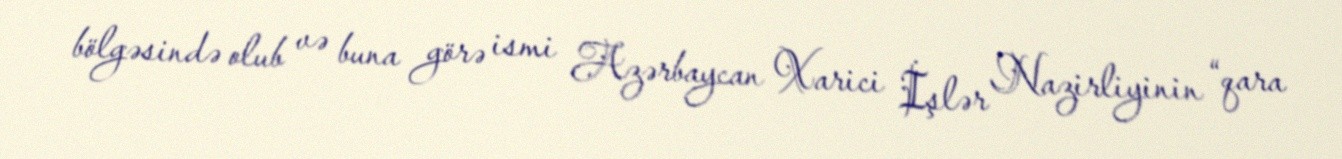
bölgəsində olub və buna görə ismi Azərbaycan Xarici İşlər Nazirliyinin “qara